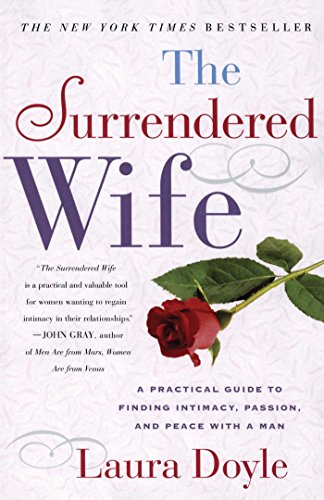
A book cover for The Surrendered Wife: A Practical Guide To Finding Intimacy, Passion and Peace; Laura Doyle; Parenting & Relationships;